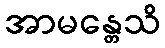
အာမန္တေသိ